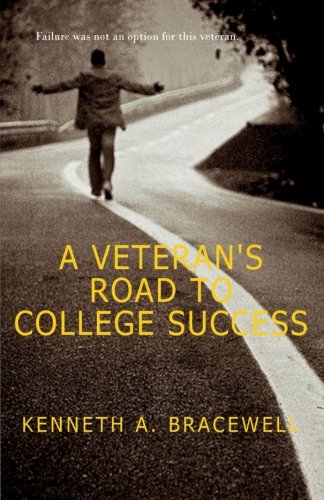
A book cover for A Veteran's Road to College Success; Kenneth A. Bracewell; Test Preparation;